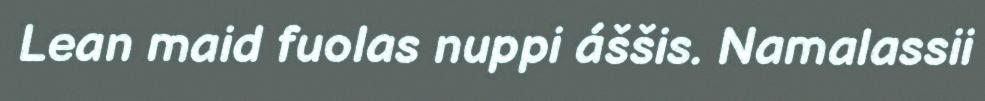
Lean maid fuolas nuppi áššis. Namalassii